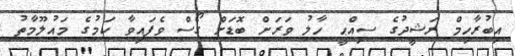
އިބުރާހިމް ރަޝީދުގެ ސިއްޙީ ހާލު ވަރަށް ބޮޑަށް ގޯސް ވެފައިވާ ކަމުގެ މައުލޫމާތު